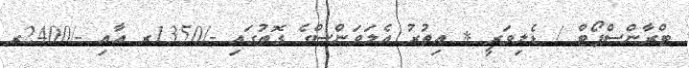
ޓްރާންސްޕޯޓް / ޑެލިވަރީ * އިތުރު އެލަވަންސްގެ ގޮތުގައި -/1350ރ އާއި -/2400ރ